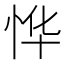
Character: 𫺆